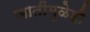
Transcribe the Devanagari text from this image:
जातींमुळेही